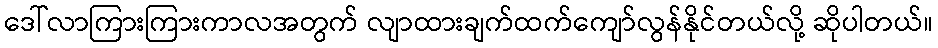
ဒေါ်လာကြားကြားကာလအတွက် လျာထားချက်ထက်ကျော်လွန်နိုင်တယ်လို့ ဆိုပါတယ်။